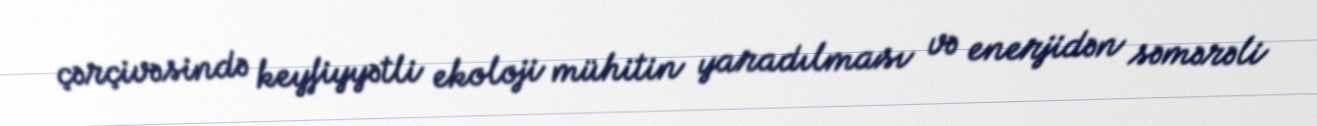
çərçivəsində keyfiyyətli ekoloji mühitin yaradılması və enerjidən səmərəli